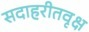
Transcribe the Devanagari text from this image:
सदाहरीतवृक्ष